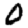
Digit: 0